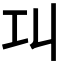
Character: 𢀙